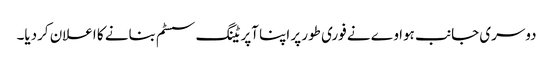
دوسری جانب ہواوے نے فوری طور پر اپنا آپریٹنگ سسٹم بنانے کا اعلان کردیا۔